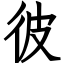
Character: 彼